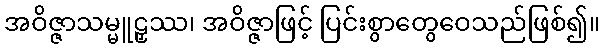
အဝိဇ္ဇာသမ္မူဠှဿ၊ အဝိဇ္ဇာဖြင့် ပြင်းစွာတွေဝေသည်ဖြစ်၍။